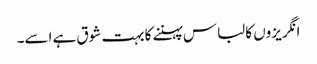
انگریزوں کا لباس پہننے کا بہت شوق ہے اسے۔